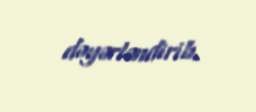
dəyərləndirib.